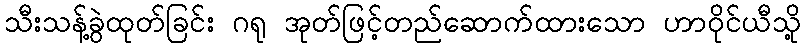
သီးသန့်ခွဲထုတ်ခြင်း ဂရု အုတ်ဖြင့်တည်ဆောက်ထားသော ဟာဝိုင်ယီသို့